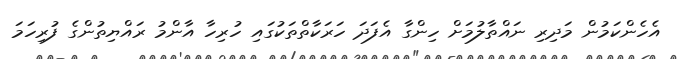
އެހެންކަމުން މަދިރި ނައްތާލުމަށް ހިންގާ އެފަދަ ހަރަކާތްތަކުގައި ހުރިހާ އާންމު ރައްޔިތުންގެ ފުރިހަމަ